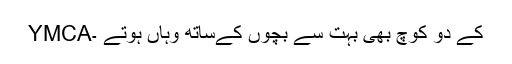
YMCAکے دو کوچ بھی بہت سے بچوں کےساتھ وہاں ہوتے ۔